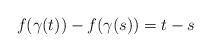
LaTeX: \begin{align*}f(\gamma(t))-f(\gamma(s))=t-s\end{align*}